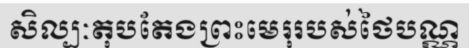
សិល្បៈតុបតែងព្រះមេរុរបស់ថៃបណ្ណ